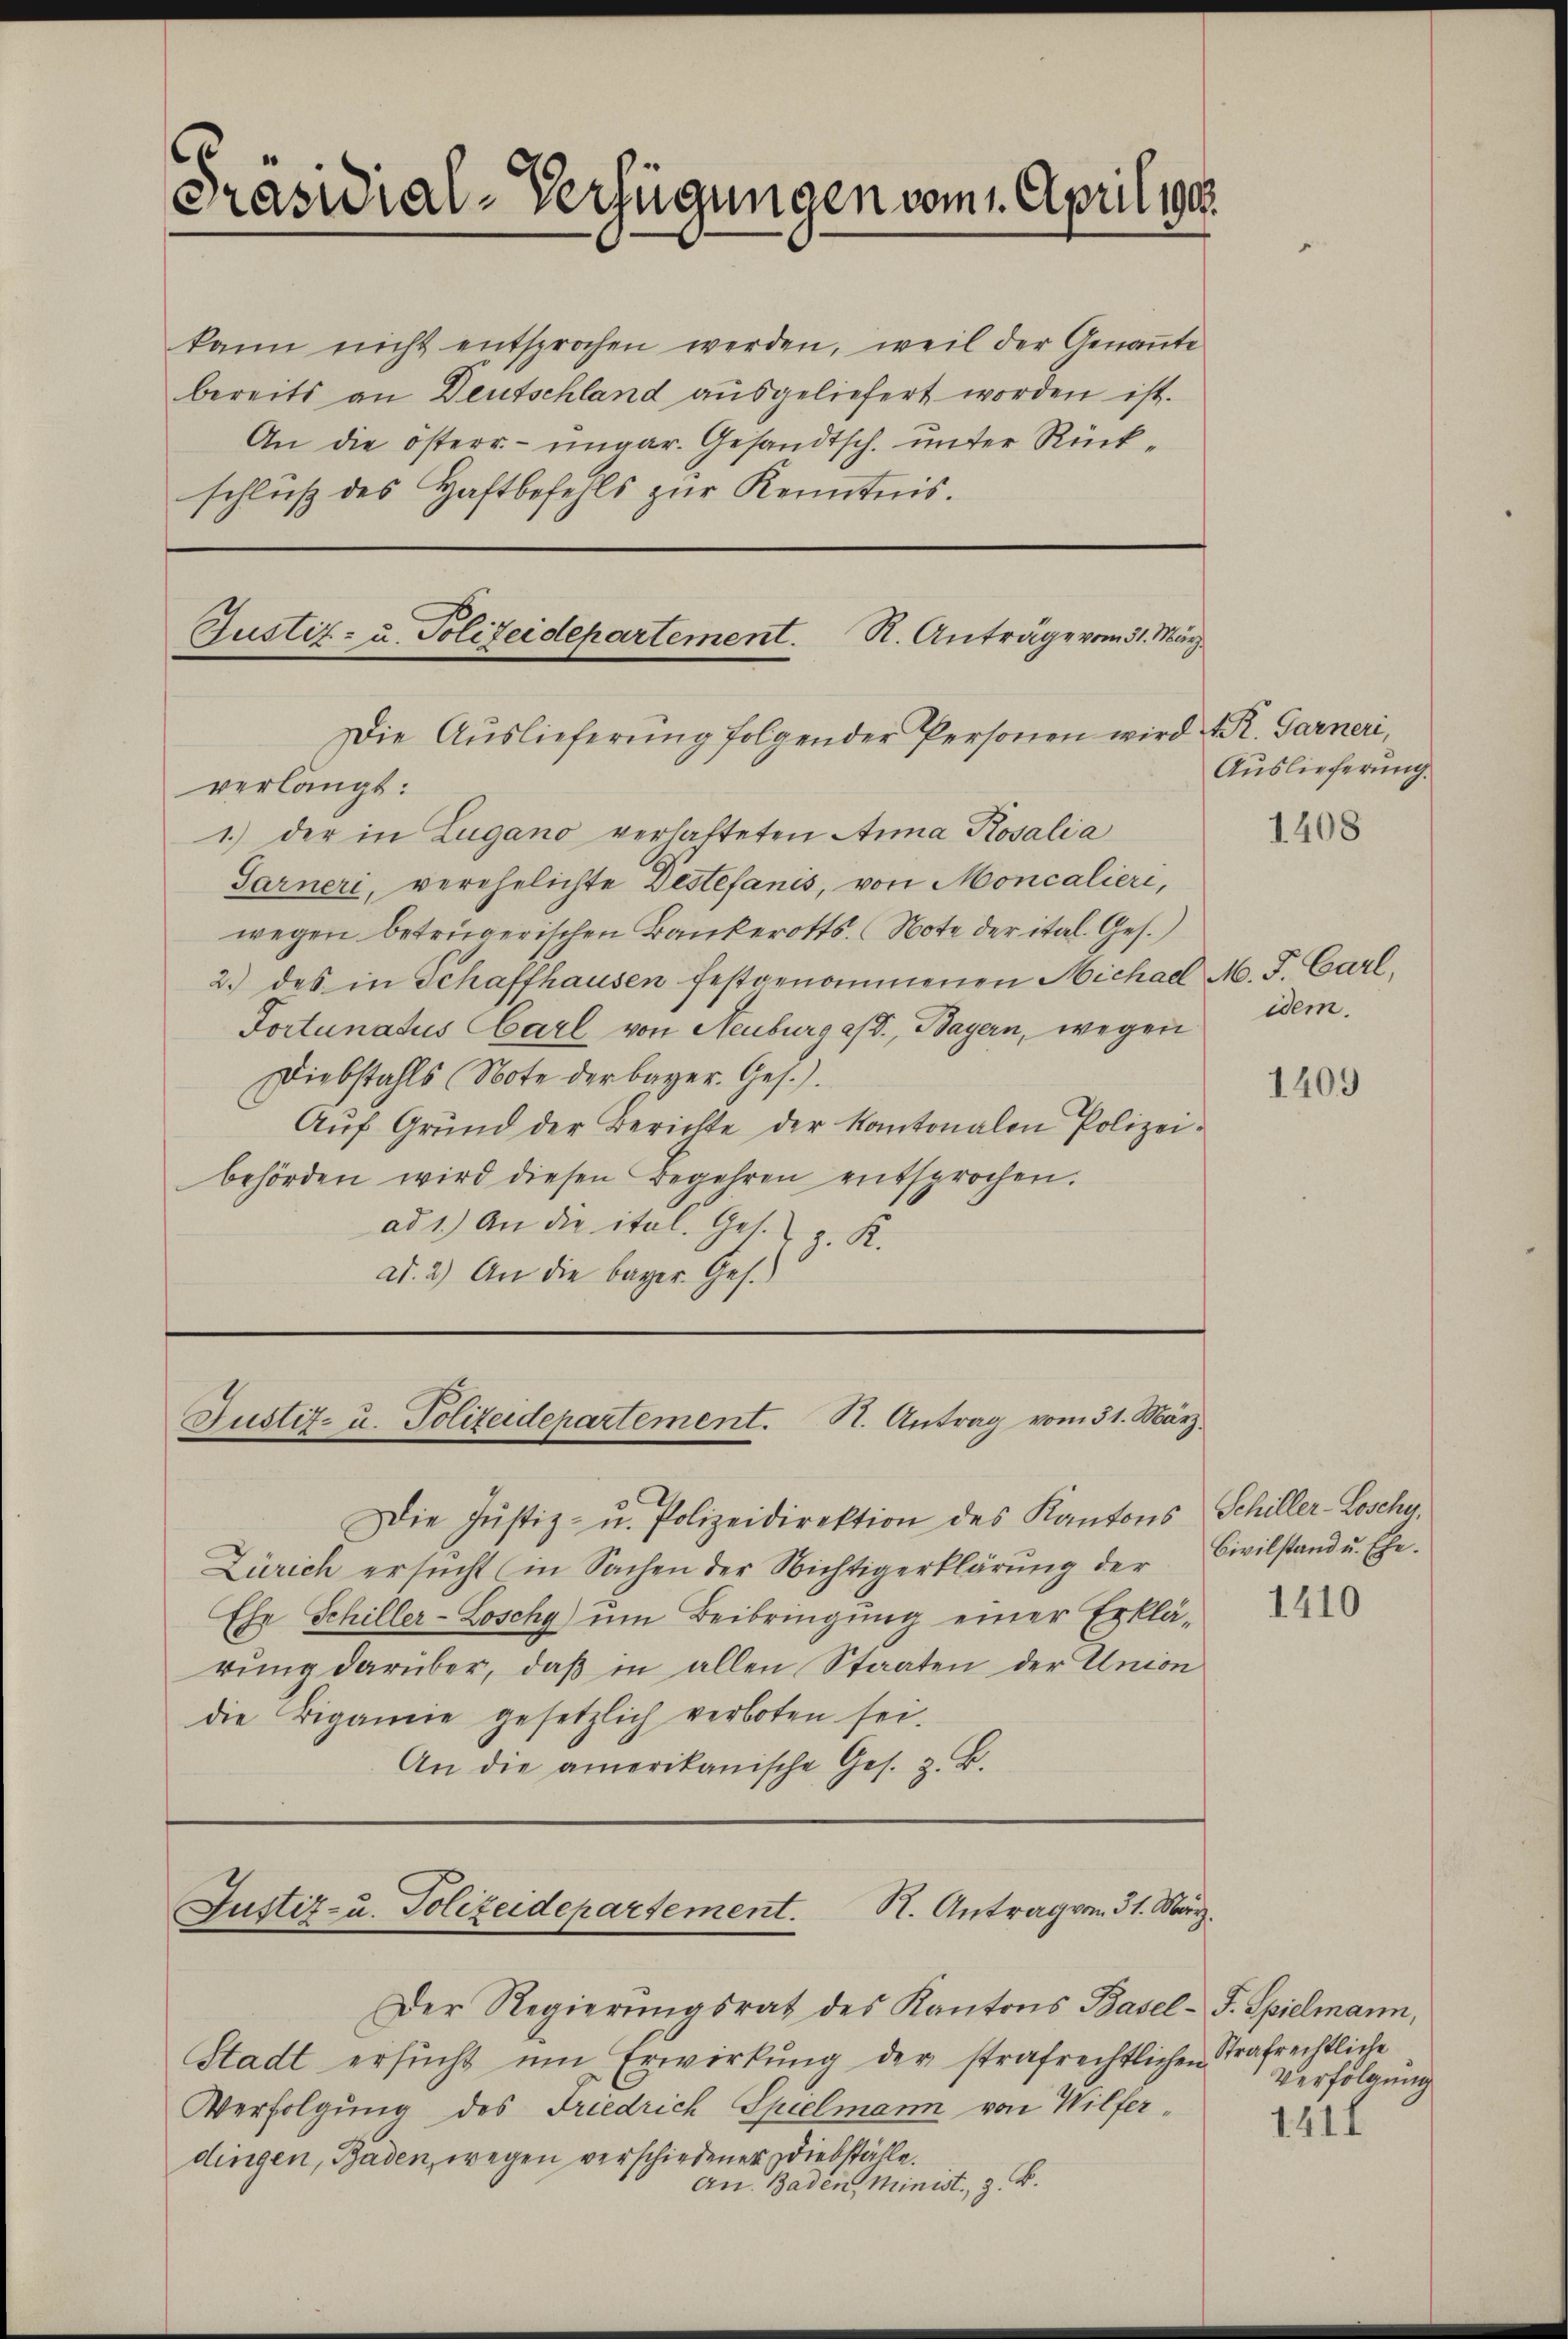
c
Präsidial-Verfügungen vom 1. Aprilige

kann nicht entsprochen werden, weil der Genaṅte
bereits an Deutschland ausgeliefert worden ist.
An die österr.-ungar. Gesandtsch. unter Rückschlŭβ des Haftbefehls zŭr Kenntnis.

Justiz- u. Polizeidepartement. R. Anträge vom 31. März
Die Auslieferung folgender Personen wird M R. Garneri,

verlangt:
1.) der in Lugano verhalteten Anna Rosalia
Garneri, verehelichte Destefanis, von Moncalieri,
wegen betrügerischen Bankerotts. (Note der ital. Ges.)
2.) des in Schaffhausen festgenommenen Michael
Tortunatus Carl von Neuburg a/S., Bayern, wegen
Diebstahls Note der bayer. Ges.).
Aŭf Grund der Berichte der Kantonalen Polizei-
behörden wird diesen Begehren entsprochen.
ad 1.) An die ital. Ges. z. K.
ad. 2.) An die bayer. Ges.

Justiz- u. Polizeidepartement. K. Antrag vom 31. März

Justiz- u. Polizeidepartement. K. Antrag vom 31. März.

Der Regierungsrat des Kantons Basel- J. Spielmann,
Stadt ersŭcht ŭm Erwirkŭng der strafrechtlichen Strafrechtliche
Verfolgung des Friedrich Spielmann von Wilferdingen, Baden, wegen verschiedener Diebstähle.
An. Baden, Minist, z. B.

Auslieferung.
1408

Die Justiz- u. Polizeidirektion des Kantons Schiller-Loschy.
Zürich ersucht (in Sachen der Nichtigerklärung der
Ehr Schiller-Loschy) um Beibringung einer Erklärung darüber, daß in allen Staaten der Union
die Bigamie gesetzlich verboten sei.
An die amerikanische Ges. z. B.

M. F. Carl,
dem.

1409

Civilstand u. Ehe.

1410

Verfolgung
141f